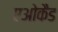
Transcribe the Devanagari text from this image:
एओकैड